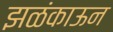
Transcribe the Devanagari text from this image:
झळंकाऊन